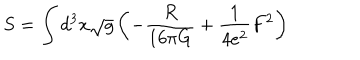
S = \int d ^ { 3 } x \sqrt { g } \left( - { \frac { R } { 1 6 \pi G } } + { \frac { 1 } { 4 e ^ { 2 } } } F ^ { 2 } \right)